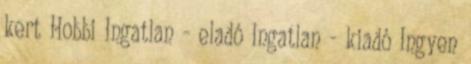
kert Hobbi Ingatlan - eladó Ingatlan - kiadó Ingyen